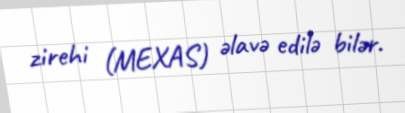
zirehi (MEXAS) əlavə edilə bilər.